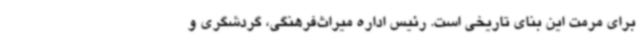
برای مرمت این بنای تاریخی است. رئیس اداره میراث‌فرهنگی، گردشگری و